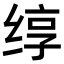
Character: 𬘯